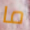
ما